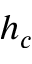
h _ { c }